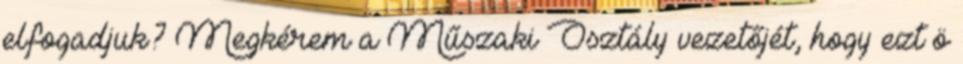
elfogadjuk? Megkérem a Műszaki Osztály vezetőjét, hogy ezt ö